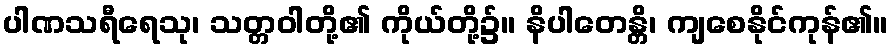
ပါဏသရီရေသု၊ သတ္တဝါတို့၏ ကိုယ်တို့၌။ နိပါတေန္တိ၊ ကျစေနိုင်ကုန်၏။